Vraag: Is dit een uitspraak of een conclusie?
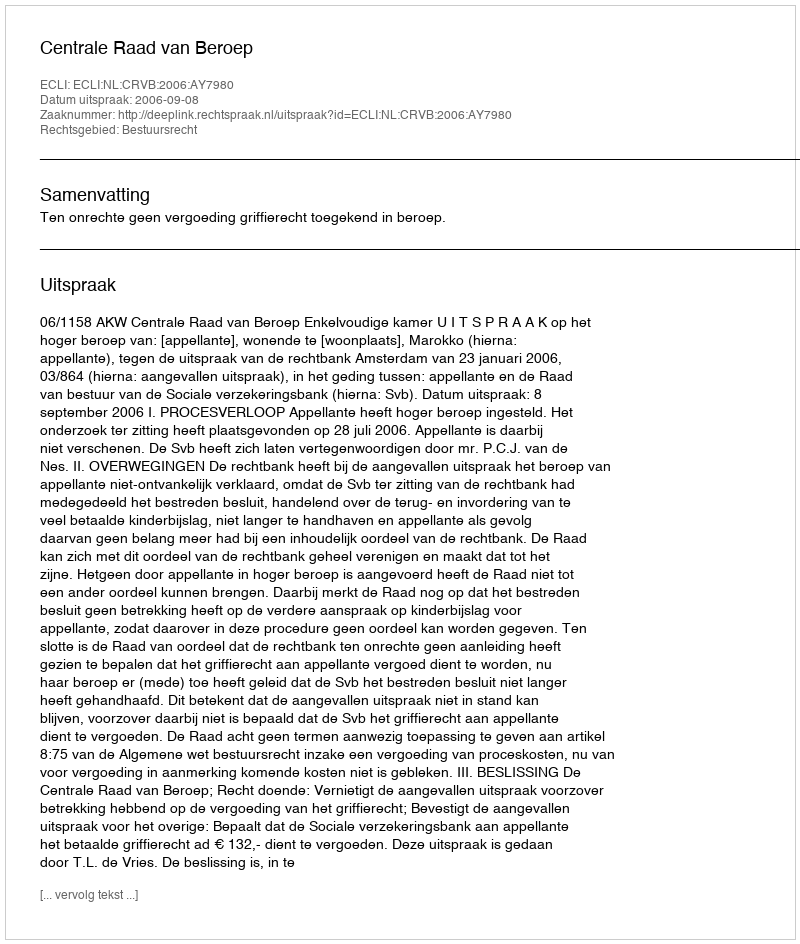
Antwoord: Uitspraak